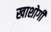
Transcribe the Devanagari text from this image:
खाशोगी